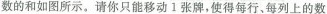
数的和如图所示。请你只能移动l张牌，使得每行、每列上的数